Calcutta medical institutions reports 1879-81 [i.e.91]
Year: 1879
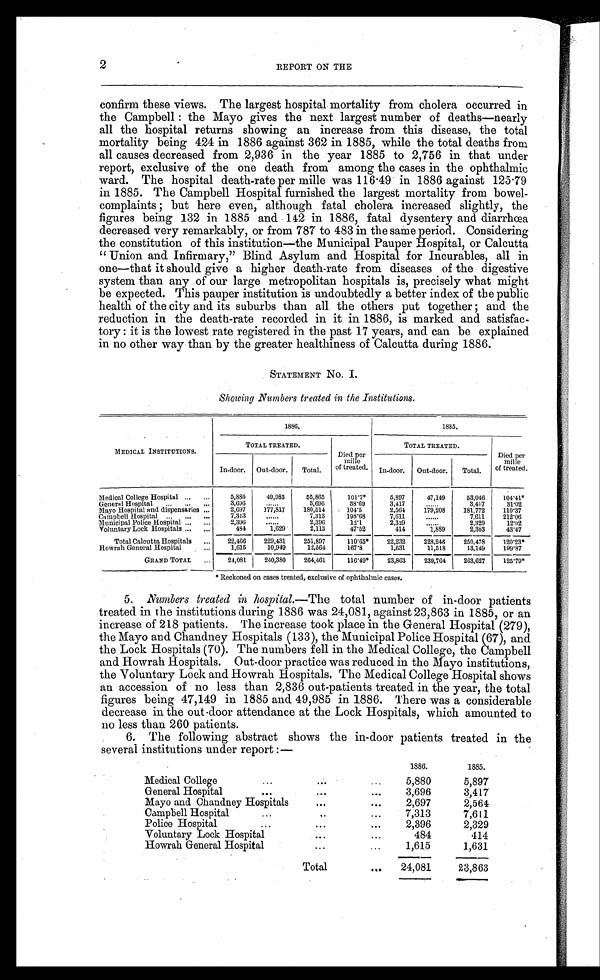
2
REPORT ON THE
confirm these views. The largest hospital mortality from cholera occurred in
the Campbell : the Mayo gives the next largest number of deaths—nearly
all the hospital returns showing an increase from this disease, the total
mortality being 424 in 1886 against 362 in 1885, while the total deaths from
all causes decreased from 2,936 in the year 1885 to 2,756 in that under
report, exclusive of the one death from among the cases in the ophthalmic
ward. The hospital death-rate per mille was 116.49 in 1886 against 125.79
in 1885. The Campbell Hospital furnished the largest mortality from bowel-
c o mp l a i n t s ; b u t h e r e e v e n , a l t h o u g h f a t a l c h o l e r a i n c r e a s e d s l i g h t l y , t h e
figures being 132 in 1885 and 142 in 1886, fatal dysentery and diarrhœa
decreased very remarkably, or from 787 to 483 in the same period. Considering
the constitution of this institution—the Municipal Pauper Hospital, or Calcutta
"Union and Infirmary," Blind Asylum and Hospital for Incurables, all in
one—that it should give a higher death-rate from diseases of the digestive
system than any of our large metropolitan hospitals is, precisely what might
be expected. This pauper institution is undoubtedly a better index of the public
health of the city and its suburbs than all the others put together; and the
reduction in the death-rate recorded in it in 1886, is marked and satisfac-
tory: it is the lowest rate registered in the past 17 years, and can be explained
in no other way than by the greater healthiness of Calcutta during 1886.
STATEMENT No. I.
Showing Numbers treated in the Institutions.
MEDICAL INSTITUTIONS.
1886.
1885.
TOTAL TREATED.
TOTAL TREATED.
In-door. Out-door. Total.
D i e d p e r m i l l e o f t r e a t e d .
In-door. Out-door. Tot al .
Died per
mille
of treated.
Medical College Hospital ... ...
5,880
49,985
55,865
101.7*
5,897
47,149
53,046
104.41*
General Hospital
3,60
. . . . . .
3,696
38.69
3,417
. . . . . .
3,417
31. 02
Mayo Hospital and dispensaries ...
2,697
177,817
180,514
104.5
2,564
179,208
181,772
110.37
Campbell Hospital ... .., ..,
7,313
. . . . . .
7,313
198.68
7,611
. . . . . .
7,611
212.06
Municipal Police Hospital...
...
2,396
. . . . . .
2,396
12.1
2,329
. . . . . .
2,329
12. 02
Voluntary Lock Hospitals ... ...
484
1,629
2,113
47.52
414
1,889
2,303
43. 47
Total Calcutta Hospitals ...
22,466
229,431
251,897
110.65*
22,232
228,246
250,478
120.23*
Howrah General Hospital
.
1,615
10,949
12,564
167.8
1,631
11,518
13,149
199.87
GRAND TOTAL ...
24,081
240,380
264,461
116.49*
23,863
239,764
263,627
125.79*
* Reckoned on cases treated, exclusive of ophthalmic cases.
5. Numbers treated in hospital. —The total number of in-door patients
treated in the institutions during 1886 was 24,081, against 23,863 in 1885, or an
increase of 218 patients. The increase took place in the General Hospital (279),
the Mayo and Chandney Hospitals (133), the Municipal Police Hospital (67), and
the Lock Hospitals (70). The numbers fell in the Medical College, the Campbell
and Howrah Hospitals. Out-door practice was reduced in the Mayo institutions,
the Voluntary Lock and Howrah Hospitals. The Medical College Hospital shows
an accession of no less than 2,836 out-patients treated in the year, the total
figures being 47,149 in 1885 and 49,985 in 1886. There was a considerable
decrease in the out-door attendance at the Lock Hospitals, which amounted to
no less than 260 patients.
6. The following abstract shows the in-door patients treated in the
several institutions under report :—
1886.
1885.
Medical College
...
. . .
...
5,880
5,897
General Hospital
...
. . .
...
3,696
3,417
Mayo and Chandney Hospitals
...
...
2,697
2,564
Campbell Hospital
...
. .
...
7,313
7,611
Police Hospital
...
. . .
...
2,396
2,329
Voluntary Lock Hospital
. . .
...
484
414
Howrah General Hospital
...
...
1,615
1,631
Total
.....
24,081
23,863